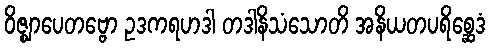
ဝိဇ္ဈာပေတဗ္ဗော ဥဒကရဟဒါ တဒါနိသံသောတိ အနိယတပရိစ္ဆေဒံ